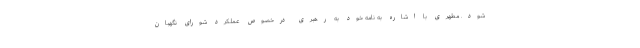
شود. مطهری با اشاره به نامه خود به رهبری درخصوص عملکرد شورای نگهبان